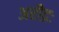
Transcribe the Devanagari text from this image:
अरौद्रः